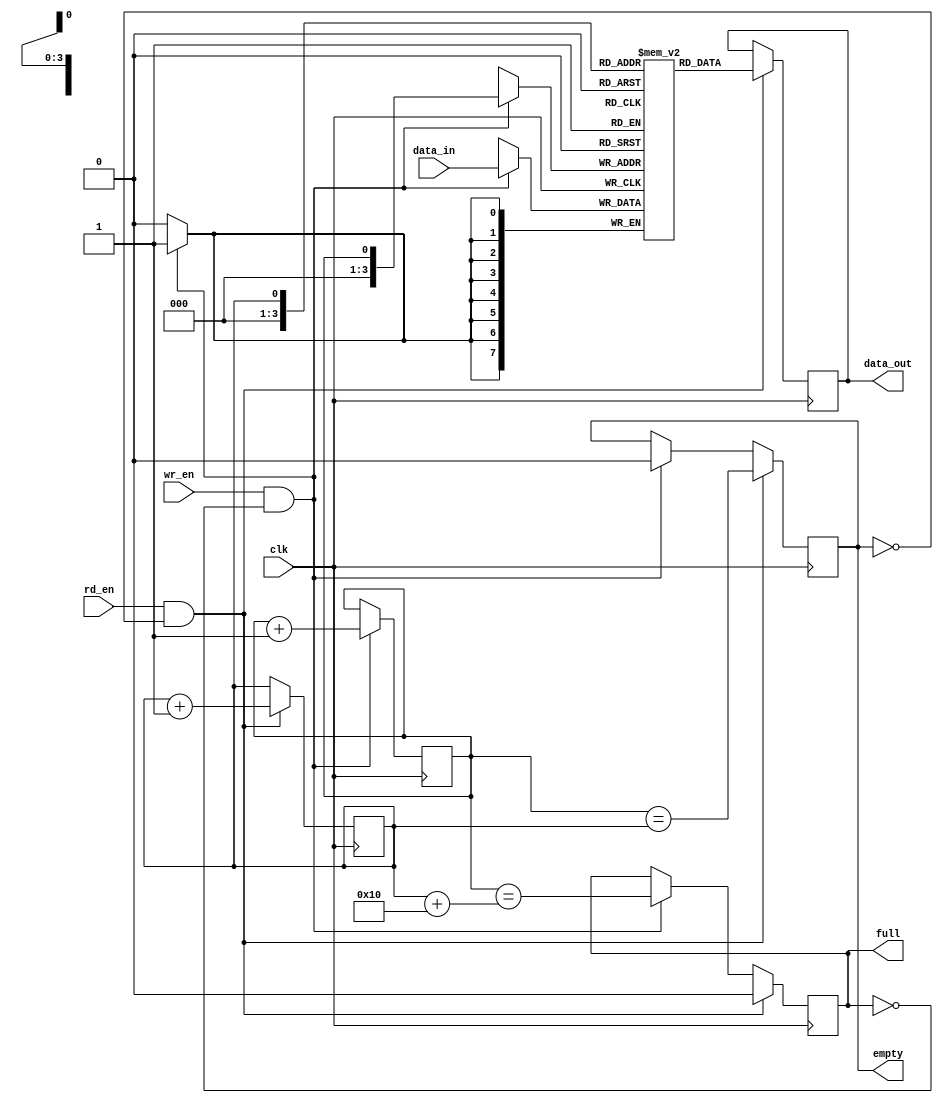
module fifo
#(
  parameter DATA_WIDTH = 8,
  parameter DEPTH = 16
)
(
  input wire clk,
  input wire wr_en,
  input wire rd_en,
  input wire [DATA_WIDTH-1:0] data_in,
  output reg [DATA_WIDTH-1:0] data_out,
  output reg full,
  output reg empty
);

reg [DATA_WIDTH-1:0] memory [0:DEPTH-1];
reg [DATA_WIDTH-1:0] temp_data;
reg wr_ptr = 0;
reg rd_ptr = 0;

always @(posedge clk)
begin
  if (wr_en && !full)
  begin
    memory[wr_ptr] <= data_in;
    wr_ptr <= wr_ptr + 1;
    full <= (wr_ptr == rd_ptr + DEPTH);
    empty <= 0;
  end

  if (rd_en && !empty)
  begin
    temp_data <= memory[rd_ptr];
    rd_ptr <= rd_ptr + 1;
    full <= 0;
    empty <= (wr_ptr == rd_ptr);
  end
end

assign data_out = temp_data;

endmodule